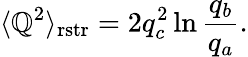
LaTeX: \langle\mathbb{Q}^{2}\rangle_{\mathrm{{rstr}}}=2q_{c}^{2}\ln\frac{{q_{b}}}{{q_{a}}}.